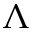
\Lambda